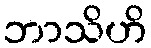
ဘာသိဟိ